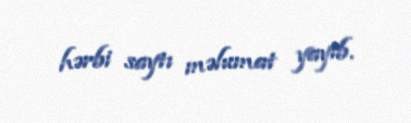
hərbi saytı məlumat yayıb.